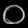
Digit: ၀